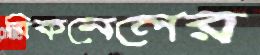
বিকনেলের